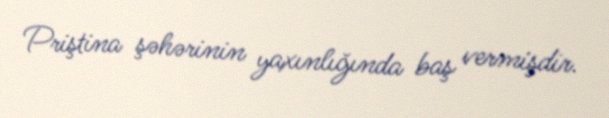
Priştina şəhərinin yaxınlığında baş vermişdir.